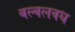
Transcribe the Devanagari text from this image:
बल्वलवध